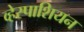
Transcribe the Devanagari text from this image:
व्हेस्पाशियन